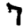
Digit: 7